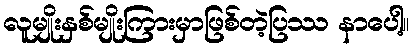
လူမျိုးနှစ်မျိုးကြားမှာဖြစ်တဲ့ပြဿ နာပေါ့။